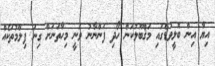
އިޔާ އިން ބޮލީވުޑްގައި މަޤްބޫލުކަން ހޯދި ފަންނާނު ވަނީ މިހާތަނަށް ގިނަ ފިލްމުތަކެއް